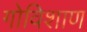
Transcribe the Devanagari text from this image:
गोविशाण